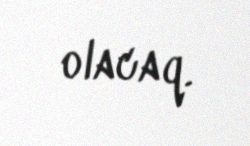
olacaq.